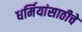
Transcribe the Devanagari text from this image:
धर्मियांसाठीचे